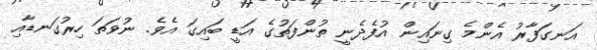
އަނގަފާރު އެންމެ ގިނައިން އުފެދެނީ ތުންފަތުގެ އަޑީ ބައިގަ އެވެ. ނުވަތަ ހިރުގަނޑާއި